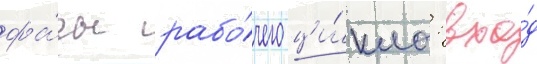
фа́зы рабо́чего ци́кла: вхо́д